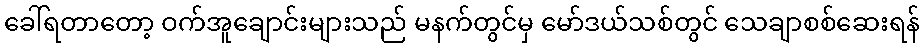
ခေါ်ရတာတော့ ဝက်အူချောင်းများသည် မနက်တွင်မှ မော်ဒယ်သစ်တွင် သေချာစစ်ဆေးရန်